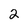
Character: 2